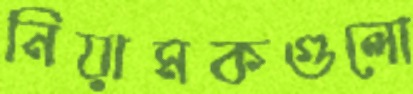
নিয়ামকগুলো